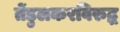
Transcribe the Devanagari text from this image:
तेंडुलकरविरुद्ध